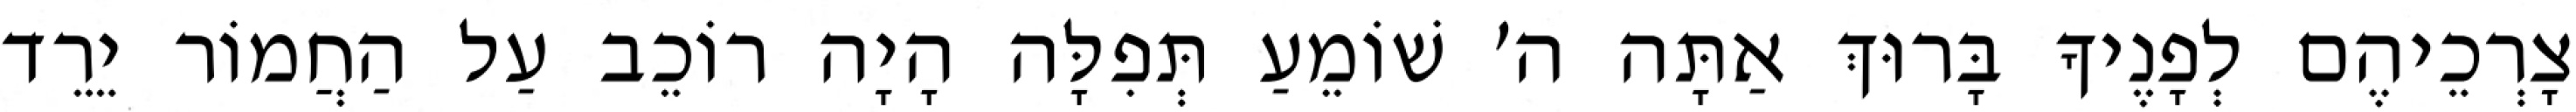
צָרְכֵיהֶם לְפָנֶיךָ בָּרוּךְ אַתָּה ה׳ שׁוֹמֵעַ תְּפִלָּה הָיָה רוֹכֵב עַל הַחֲמוֹר יֵרֵד